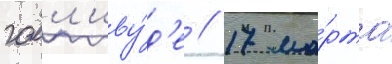
голл'иву́д'е // 17 ма́рта